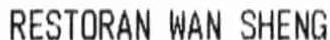
RESTORAN WAN SHENG